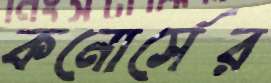
কনোর্সের